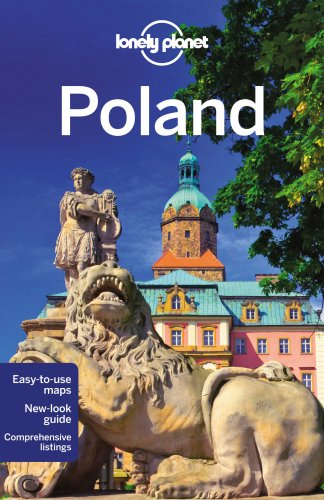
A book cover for Lonely Planet Poland (Travel Guide); Mark Baker; Travel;